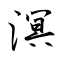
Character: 溟